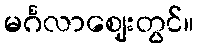
မင်္ဂလာဈေးတွင်။